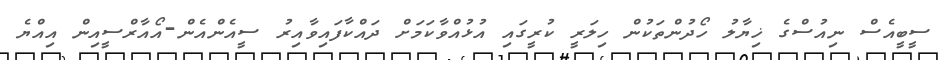
ސީބީއެސް ނިއުސްގެ ޚިޔާލު ހޯދުންތަކުން ހިލަރީ ކުރީގައި އުޅުއްވާކަމަށް ދައްކާފައިވާއިރު ސީއެންއެން-އޯއާރްސީއިން އިއްޔެ